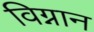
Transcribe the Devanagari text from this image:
विग्नान